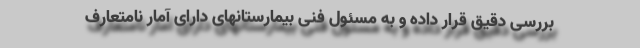
بررسی دقیق قرار داده و به مسئول فنی بیمارستانهای دارای آمار نامتعارف